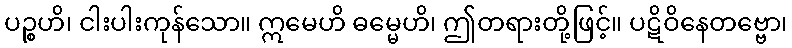
ပဉ္စဟိ၊ ငါးပါးကုန်သော။ ဣမေဟိ ဓမ္မေဟိ၊ ဤတရားတို့ဖြင့်။ ပဋိဝိနေတဗ္ဗော၊